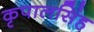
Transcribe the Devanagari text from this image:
कृपालसिंह